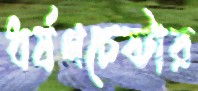
ধর্ষণচেষ্টার